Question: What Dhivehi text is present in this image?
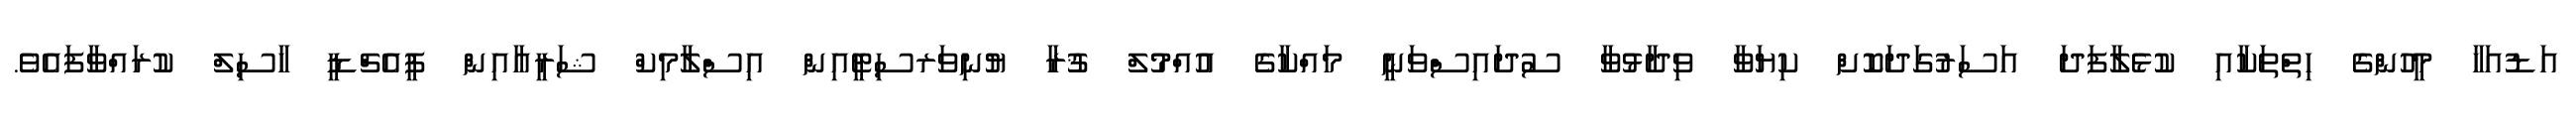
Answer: އަޑުއަހާ މީހުންގެ ހިތްތަކާއި ކުޅެލާފަދަ އަސަރުގަދަކޮށް ކިޔަވާ ވިދާޅުވާ ސުދައިސްވަނީ މައްކާގެ އުއްމުލް ޤުރާ ޔުނިވަރސިޓީއިން އިސްލާމިކް ޝަރީއާއިން ޕީއެޗްޑީ ހާސިލް ކުރައްވާފައެވެ.